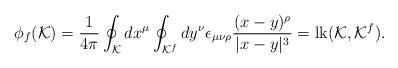
LaTeX: \begin{align*}\phi_f ({\cal K})={1 \over 4 \pi}\oint_{\cal K}dx^{\mu} \oint_{{\cal K}^f} dy^{\nu}\epsilon_{\mu \nu \rho} { (x-y)^{\rho} \over |x-y|^3} ={\rm lk} ({\cal K}, {\cal K}^f).\end{align*}